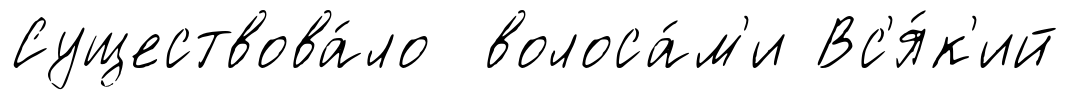
Существова́ло волоса́м'и Вс'я́к'ий